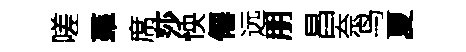
嗟羣席莎怏僊远朋昌奈鸟夏